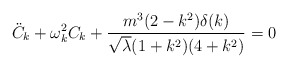
\begin{align*}{\ddot C}_k + \omega _k^2 C_k + \frac { m^3 (2 - k^2) \delta (k) }{{\sqrt \lambda} (1 + k^2)(4+ k^2)} = 0\end{align*}